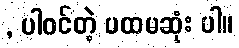
, ပါဝင်တဲ့ ပထမဆုံး ပါ။